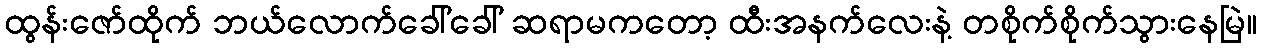
ထွန်းဇော်ထိုက် ဘယ်လောက်ခေါ်ခေါ် ဆရာမကတော့ ထီးအနက်လေးနဲ့ တစိုက်စိုက်သွားနေမြဲ။